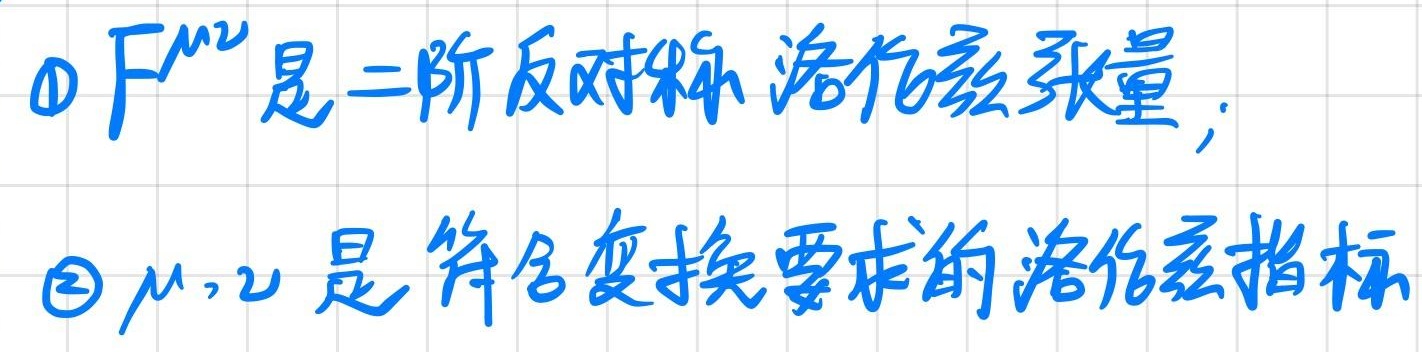
\textcircled{1}$F^{\mu\nu}$是二阶反对称洛伦兹张量;
\textcircled{2}$\mu,\nu$是符合变换要求的洛伦兹指标